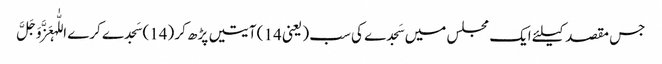
جس مقصد کیلئے ایک مجلس میں سَجدے کی سب ( یعنی 14 ) آیتیں پڑھ کر (14) سَجدے کرے اللّٰہعَزَّوَجَلَّ